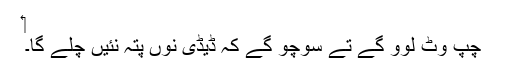
‏
چپ وٹ لوَو گے تے سوچو گے کہ ڈیڈی نُوں پتہ نئیں چلے گا۔